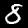
Digit: 8